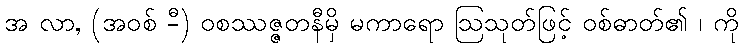
အ လာ, (အဝစ် -ီ) ဝစဿဇ္ဇတနီမှိ မကာရော ဩသုတ်ဖြင့် ဝစ်ဓာတ်၏ ၊ ကို